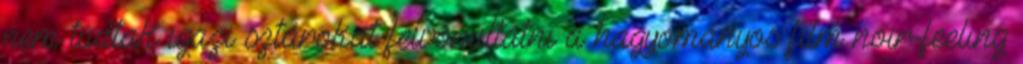
nem tudtak igazi sztárokat felvonultatni a hagyományos film noir-feeling